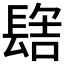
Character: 𰿑